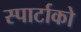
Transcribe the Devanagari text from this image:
स्पार्टाको